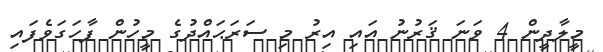
މީލާދީން 4 ވަނަ ޤަރުނު އައި އިރު މި ސަރަޙައްދުގެ މީހުން ފާހަގަވެފައި